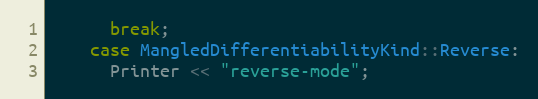
Language: C++
      break;
    case MangledDifferentiabilityKind::Reverse:
      Printer << "reverse-mode";